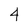
Character: 4